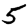
Digit: 5